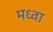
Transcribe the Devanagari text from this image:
मध्वा